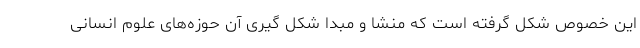
این خصوص شکل گرفته است که منشا و مبدا شکل گیری آن حوزه‌های علوم انسانی